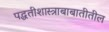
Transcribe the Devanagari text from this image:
पद्धतीशास्त्राबाबातीतील